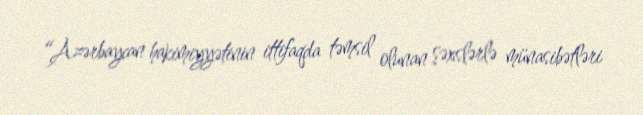
“Azərbaycan hakimiyyətinin ittifaqda təmsil olunan şəxslərlə münasibətləri